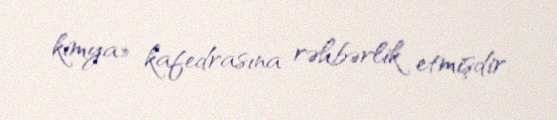
kimya» kafedrasına rəhbərlik etmişdir.